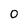
Character: 0